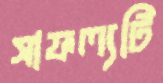
সাফল্যটি